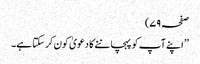
صفحہ ۷۹)
’’ اپنے آپ کو پہچاننے کا دعویٰ کون کر سکتا ہے۔